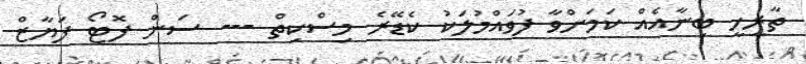
ތާރީޚީ ބިނާއެއް ކަމަށްވާ ފުވައްމުލަކު ކެޑޭރެ މިސްކިތް --- ސަން ފޮޓޯ ފަޔާޒް